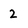
Character: 2